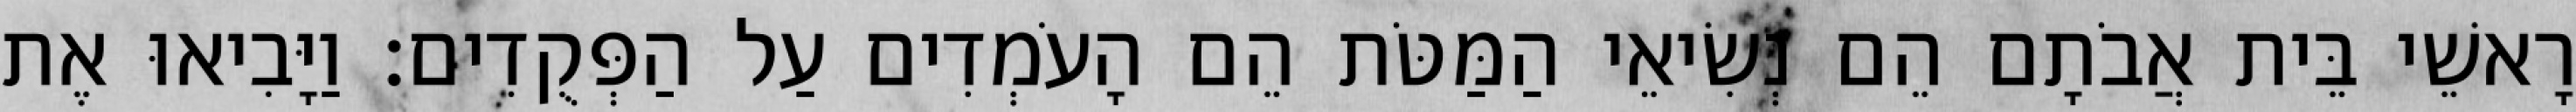
רָאשֵׁי בֵּית אֲבֹתָם הֵם נְשִׂיאֵי הַמַּטֹּת הֵם הָעֹמְדִים עַל הַפְּקֻדִים׃ וַיָּבִיאוּ אֶת